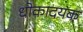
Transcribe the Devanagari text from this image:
धोकादयक